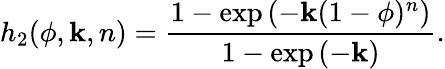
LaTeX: h_{2}(\phi,\mathbf{k},n)=\frac{{1-\exp{\left(-\mathbf{k}(1-\phi)^{n}\right)}}}{{1-\exp{\left(-\mathbf{k}\right)}}}.